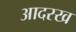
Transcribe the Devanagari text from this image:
आदरख